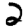
Digit: 2